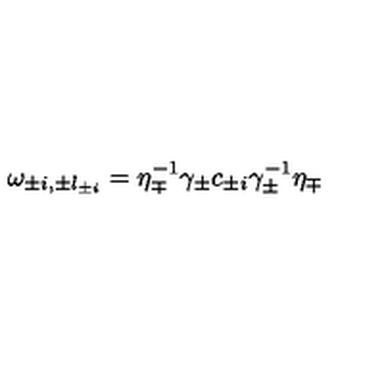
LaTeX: \omega _ { \pm i , \pm l _ { \pm i } } = \eta _ { \mp } ^ { - 1 } \gamma _ { \pm } c _ { \pm i } \gamma _ { \pm } ^ { - 1 } \eta _ { \mp }